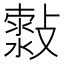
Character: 𣀍